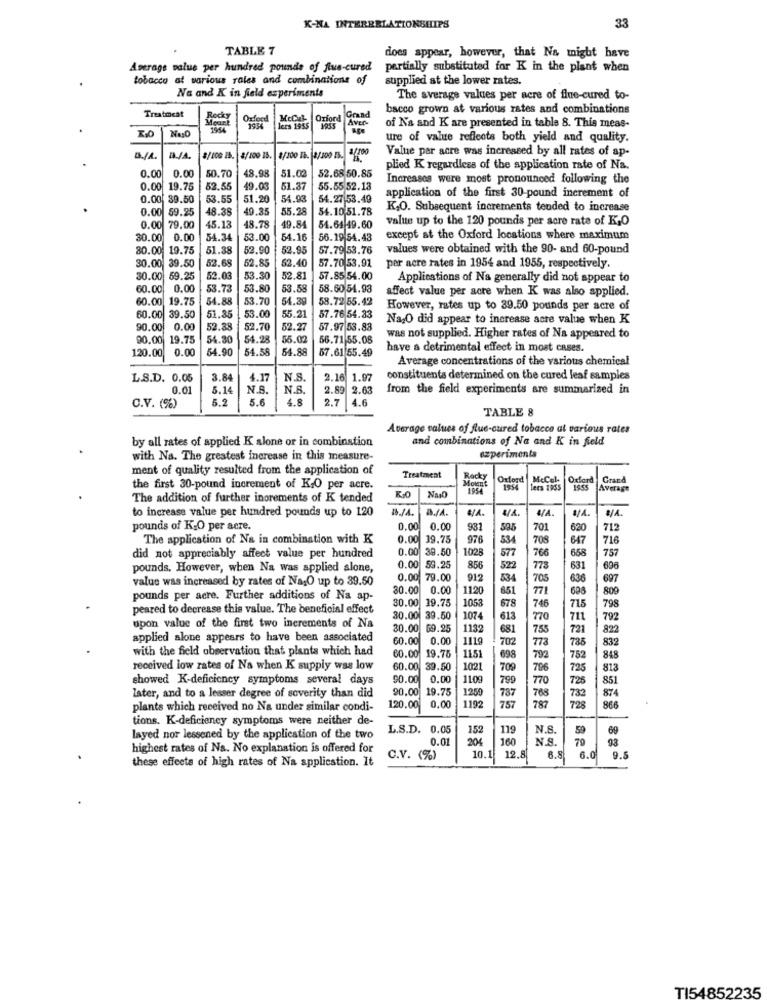
K-NA INTERERLATIONSHIPS
33
TABLE 7
does appear, however, that Na might have
Average value per hundred pounds of flus-cured
partially substituted for K in the plant when
tobacco at various rates and combinations of
supplied at the lower rates.
Na and K in field experiments
The average values per acre of flue-cured to-
bacco grown at various rates and combinations
Treatmeat
Oxford
Grand
Aver-
lers 1955
of N'a and K are presented in table 8. This meas-
ure of value reflects both yield and quality.
Value per acre was increased by all rates of ap-
B/A
8/100 28. 8/100 15.
plied K regardless of the application rate of Na.
0.00
0.00
50.70
48.98
51.02
52.68 50.85
Increases were most pronounced following the
0.00 19.75
52.55
49.03
51.37
55.55 52.18
0.00 39.50
53.55
51.20
54.93
54.27 53.49
application of the first 30-pound increment of
0.00 59.25
48.38
49.35
55.28
54.10.51.78
K,O. Subsequent increments tended to increase
valute up to the 120 pounds per acre rate of K,O
0.00 79.00
45.13
48.78
49.84
54.64 49.60
30.00 0.00
54.34
53.00
54.16
56.19 54.43
except at the Oxford locations where maximum
80.00 19.75
51.38
52.90
52.95
57.79 53.76
values were obtained with the 90- and 60-pound
52.68
57.70 53.91
30.00 39.50
62.85
52.40
per acre rates in 1954 and 1955, respectively.
30.00 59.25
52.03
53.3
52.81
57.85 54.00
Applications of Na generally did not appear to
60.00 0.00
53.73
53.80
53.58
58.60 54.93
affect value per acre when K was also applied.
60.00 19.75
54.88
53.70
54.39
68.72 55.42
However, rates up to 39.50 pounds per acre of
60.00 39.50
51.35
53.0
55.2
57.76 54.33
Na2O did appear to increase acte value when K
90.00 0.00
52.88
52.7
52.27
57.97 53.83
90.00 19.75
54.30
54.28
55.02
56.71 55.08
was not supplied. Higher rates of Na appeared to
120.00 0.00
54.90
54.55
54.88
67.61 55.49
have a detrimental effect in most cases.
Average concentrations of the various chemical
L.S.D. 0.05
3.84
4.17
N.S.
2.16 1.97
constituents determined on the cured leaf samples
0.01
5.14
N.S.
N.B.
2.89
2.63
from the field experiments are summarized in
5.2
5.6
4.8
2.7
4.6
C.V. (%)
TABLE 8
Average values of Que-cured tobacco al various rates
and combinations of Na and K in field
by all rates of applied K slone or in combination
with Na. The greatest increase in this measure-
experimenta
ment of quality resulted from the application of
Treatment
Oxford McCel-
Oxford Grand
the first 30-pound increment of KO per acre.
lees 1955
1955 Average
The addition of further inorements of K tended
Nul
to increase value per hundred pounds up to 120
€/4.
VA.
pounds of K-O per acre.
0.00
0.00
932
701
620
712
The application of Na in combination with K
0.00 39.75
976
534
708
647
716
0.00 39.50
1028
658
737
did not appreciably affect value per hundred
577
766
pounds, However, when Na was applied alone,
0.00 59.25
856
522
773
631
696
value was increased by rates of NagO up to 39.50
0.00 79.00
912
534
705
80.00 0.00
1120
651
71
800
pounds per acre. Further additions of Na ap-
1058
71.5
peared to decrease this value. The beneficial effect
30.00 39.75
678
746
798
30.00 39.50
1074
613
770
711
792
upon value of the first two increments of Na
30.00 69.25
1132
681
753
721
applied alone appears to have been associated
60.00 0.00
1119
702
832
with the field observation that plants which had
773
60.00 19.75
11.51
698
792
received low rates of Na when K supply wss low
60.00 39.50
1021
709
706
showed K-deficiency symptoms several days
90.00 0.00
1109
799
770
20.00
19.75
later, and to a lesser degree of severity than did
1250
787
768
787
plants which received no Na under similar condi-
120.00 0.00
1192
757
728
866
tions. K-deficiency symptoms were neither de-
L.S.D. 0.05
152
119
N.S.
59
69
layed nor lessened by the application of the two
0.01
160
93
highest rates of Na. No explanation is offered for
204
N.S.
79
these effects of high rates of Na application. It
C.V. (%)
10.1
12.8
6.8
6.0
9.5
TI54852235